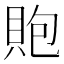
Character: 𧵢